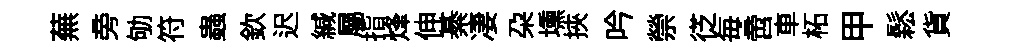
蕪旁劬符蟲欽迟緘屬指烽伸綦凄朶壎挾吟禜徔毎啻車柘甲鬆貨